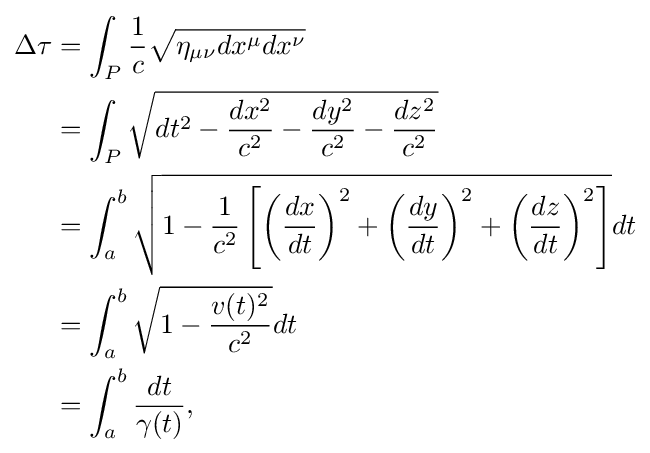
{\begin{aligned}\Delta \tau &=\int _{P}{\frac {1}{c}}{\sqrt {\eta _{\mu \nu }dx^{\mu }dx^{\nu }}}\\&=\int _{P}{\sqrt {dt^{2}-{dx^{2} \over c^{2}}-{dy^{2} \over c^{2}}-{dz^{2} \over c^{2}}}}\\&=\int _{a}^{b}{\sqrt {1-{\frac {1}{c^{2}}}\left[\left({\frac {dx}{dt}}\right)^{2}+\left({\frac {dy}{dt}}\right)^{2}+\left({\frac {dz}{dt}}\right)^{2}\right]}}dt\\&=\int _{a}^{b}{\sqrt {1-{\frac {v(t)^{2}}{c^{2}}}}}dt\\&=\int _{a}^{b}{\frac {dt}{\gamma (t)}},\end{aligned}}